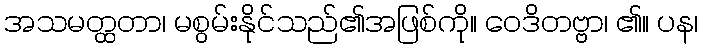
အသမတ္ထတာ၊ မစွမ်းနိုင်သည်၏အဖြစ်ကို။ ဝေဒိတဗ္ဗာ၊ ၏။ ပန၊